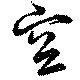
空